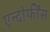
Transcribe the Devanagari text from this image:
एन्दोर्फींस